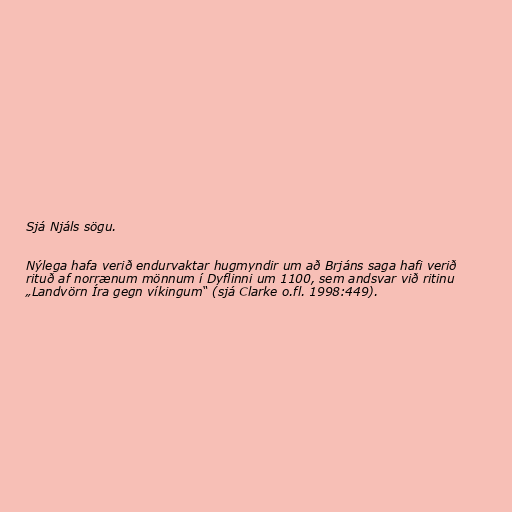
Sjá Njáls sögu.

Nýlega hafa verið endurvaktar hugmyndir um að Brjáns saga hafi verið
rituð af norrænum mönnum í Dyflinni um 1100, sem andsvar við ritinu
„Landvörn Íra gegn víkingum“ (sjá Clarke o.fl. 1998:449).